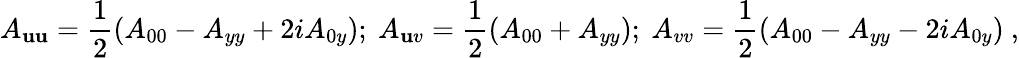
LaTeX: A_{\mathbf{u}\mathbf{u}}={\frac{{1}}{{2}}}(A_{00}-A_{yy}+2iA_{0y});~A_{\mathbf{u}v}={\frac{{1}}{{2}}}(A_{00}+A_{yy});~A_{vv}={\frac{{1}}{{2}}}(A_{00}-A_{yy}-2iA_{0y})~,